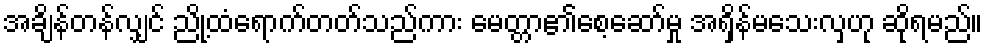
အချိန်တန်လျှင် ညို့ထံရောက်တတ်သည်ကား မေတ္တာ၏စေ့ဆော်မှု အရှိန်မသေးလှဟု ဆိုရမည်။